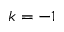
k = - 1